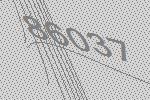
86037